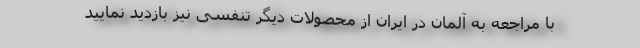
با مراجعه به آلمان در ایران از محصولات دیگر تنفسی نیز بازدید نمایید